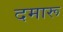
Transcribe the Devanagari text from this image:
दमारू